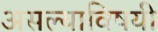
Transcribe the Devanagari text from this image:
असल्याविषयी